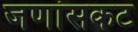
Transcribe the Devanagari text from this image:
जणांसकट